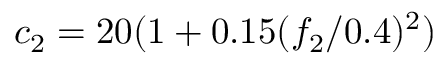
c _ { 2 } = 2 0 ( 1 + 0 . 1 5 ( { f _ { 2 } } / { 0 . 4 } ) ^ { 2 } )